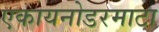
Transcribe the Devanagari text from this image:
एकायनोडरमाटा